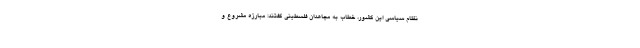
نظام سیاسی این کشور، خطاب به مجاهدان فلسطینی گفتند: مبارزه مشروع و